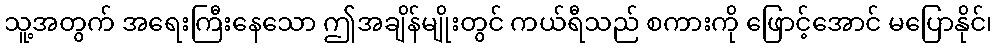
သူ့အတွက် အရေးကြီးနေသော ဤအချိန်မျိုးတွင် ကယ်ရီသည် စကားကို ဖြောင့်အောင် မပြောနိုင်၊